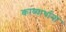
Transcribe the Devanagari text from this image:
काव्यार्थानां